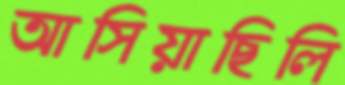
আসিয়াছিলি